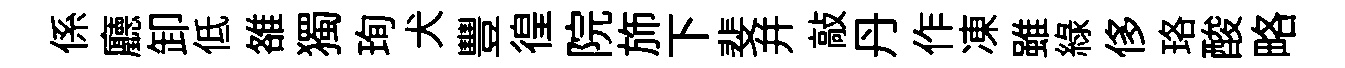
係廳卸低雒獨珣犬豐徨院斾下斐幷敲丹作凍雖緑侈珞酸略